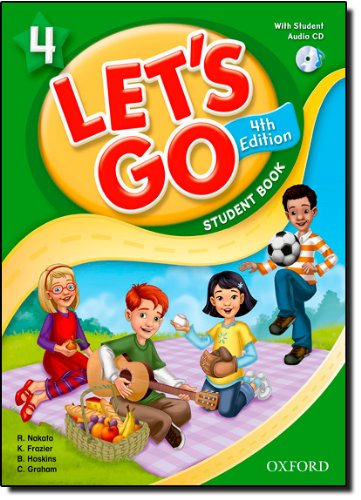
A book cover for Let's Go 4 Student Book with Audio CD: Language Level: Beginning to High Intermediate.  Interest Level: Grades K-6.  Approx. Reading Level: K-4; Ritzuko Nakata; Children's Books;